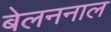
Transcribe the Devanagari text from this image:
बेलननाल